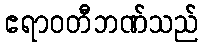
ဧရာဝတီဘဏ်သည်